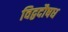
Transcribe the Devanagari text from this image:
विद्वदौषध